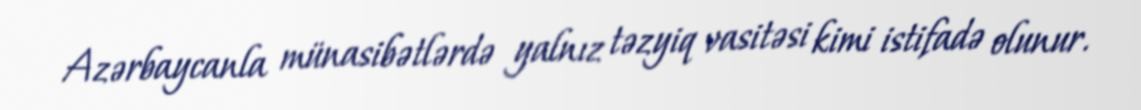
Azərbaycanla münasibətlərdə yalnız təzyiq vasitəsi kimi istifadə olunur.